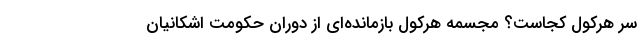
سَرِ هرکول کجاست؟ مجسمه هرکول بازمانده‌ای از دوران حکومت اشکانیان